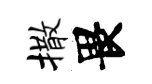
撒畏